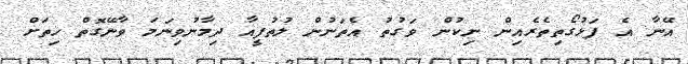
އޭނާ އެ ފަޅުގޯތިތެރެއިން ނިކުން ވަގުތު އެތަނުން ލުތުފީއާ ދިމާނުވިނަމަ ވާނޭގޮތް ހިތަށް